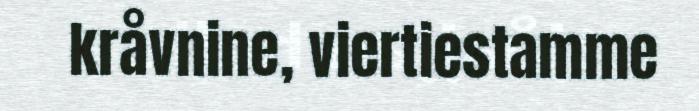
kråvnine, viertiestamme